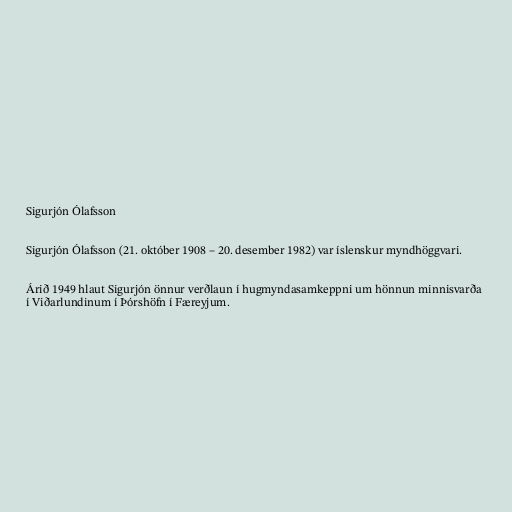
Sigurjón Ólafsson

Sigurjón Ólafsson (21. október 1908 – 20. desember 1982) var íslenskur myndhöggvari.

Árið 1949 hlaut Sigurjón önnur verðlaun í hugmyndasamkeppni um hönnun minnisvarða
í Viðarlundinum í Þórshöfn í Færeyjum.